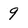
Character: 9